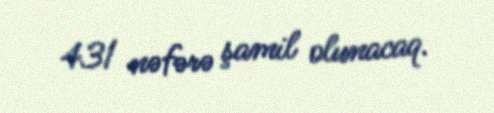
431 nəfərə şamil olunacaq.